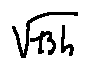
\sqrt { 1 3 h }